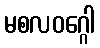
မစလဝဂ္ဂေါ